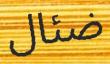
ضئال